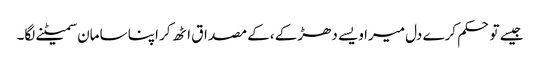
جیسے تو حکم کرے دل میرا ویسے دھڑکے ،کے مصداق اٹھ کر اپنا سامان سمیٹنے لگا۔